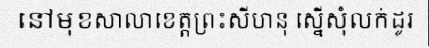
នៅមុខសាលាខេត្តព្រះសីហនុ ស្នើសុំលក់ដូរ